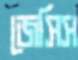
জেসিস